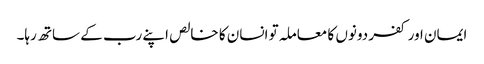
ایمان اور کفر دونوں کا معاملہ تو انسان کا خالص اپنے رب کے ساتھ رہا۔